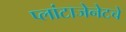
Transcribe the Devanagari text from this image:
प्लांटाजेनेटचे